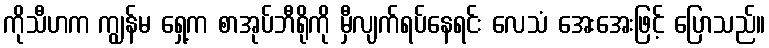
ကိုသီဟက ကျွန်မ ရှေ့က စာအုပ်ဘီရိုကို မှီလျက်ရပ်နေရင်း လေသံ အေးအေးဖြင့် ပြောသည်။